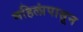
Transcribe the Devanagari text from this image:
महिलांपासून